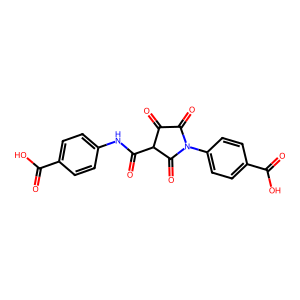
SMILES: O=C(O)c1ccc(NC(=O)C2C(=O)C(=O)N(c3ccc(C(=O)O)cc3)C2=O)cc1
Inhibits HIV replication: No